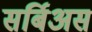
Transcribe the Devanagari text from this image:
सर्बिअस